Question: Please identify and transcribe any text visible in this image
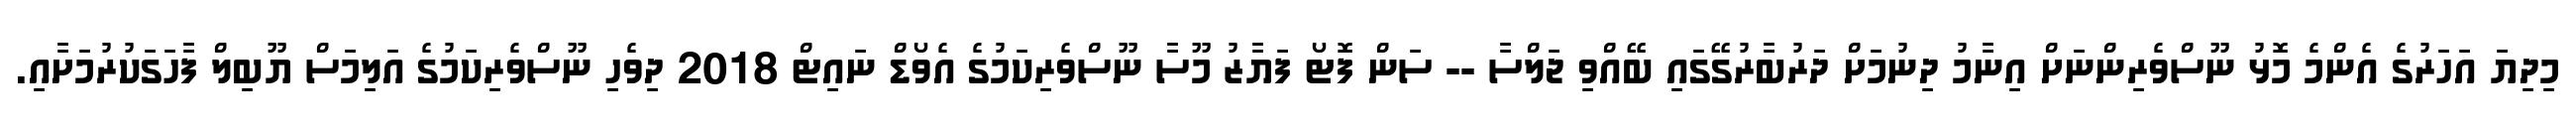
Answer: މިދިޔަ އަހަރުގެ އެންމެ މޮޅު ނޫސްވެރިންނަށް އިނާމު ދިނުމަށް ދަރުބާރުގޭގައި ބޭއްވި ޖަލްސާ -- ސަން ފޮޓޯ ފަޔާޒު މޫސާ ނޫސްވެރިކަމުގެ އެވޯޑް ނައިޓް 2018 ދިވެހި ނޫސްވެރިކަމުގެ އަލިމަސް ޔޫބިލް ފާހަގަކުރުމަށާއި.